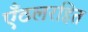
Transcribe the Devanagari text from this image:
एँठलरहित